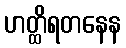
ဟတ္ထိရတနေန